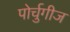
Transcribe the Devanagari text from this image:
पोर्चुगीज